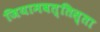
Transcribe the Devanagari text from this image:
जियामबत्तिस्ता